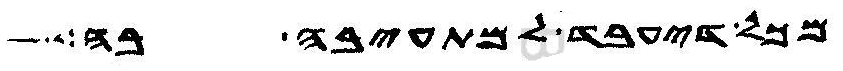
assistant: מכל דיעבד למתעיבה בה